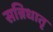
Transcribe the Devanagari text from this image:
सन्निधातृ